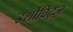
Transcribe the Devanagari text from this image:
डर्शोविट्ज़